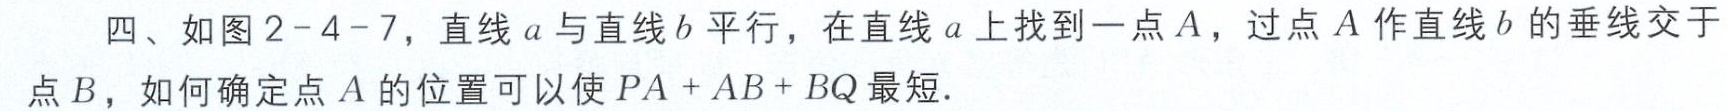
四、如图2 - 4 - 7，直线\(a\)与直线\(b\)平行，在直线\(a\)上找到一点\(A\)，过点\(A\)作直线\(b\)的垂线交于点\(B\)，如何确定点\(A\)的位置可以使\(PA + AB + BQ\)最短.